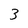
Character: 3